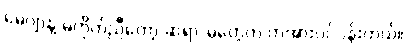
မေဂျာနဲ့ မကိုက်ညီတော့ ဆရာ/မတွေက တအားပင်ပန်းတယ်။